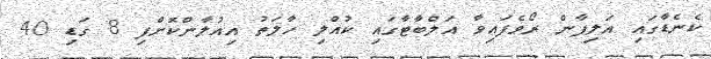
ކެނެޑާގައި އަލިފާން ރޯވެފައިވާ އަލްބާޓާގައި ކުއްލި ހާލަތު އިއުލާންކޮށްފި 8 ގަޑި 40